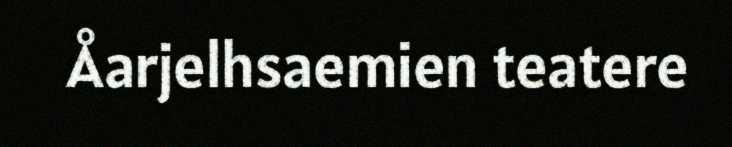
Åarjelhsaemien teatere